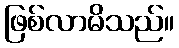
ဖြစ်လာမိသည်။